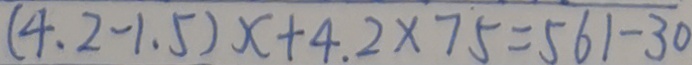
( 4 . 2 - 1 . 5 ) x + 4 . 2 \times 7 5 = 5 6 1 - 3 0